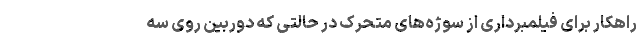
راهکار برای فیلمبرداری از سوژه‌های متحرک در حالتی که دوربین روی سه